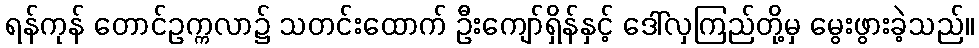
ရန်ကုန် တောင်ဥက္ကလာ၌ သတင်းထောက် ဦးကျော်ရှိန်နှင့် ဒေါ်လှကြည်တို့မှ မွေးဖွားခဲ့သည်။